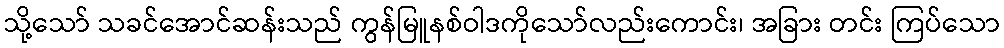
သို့သော် သခင်အောင်ဆန်းသည် ကွန်မြူနစ်ဝါဒကိုသော်လည်းကောင်း၊ အခြား တင်း ကြပ်သော